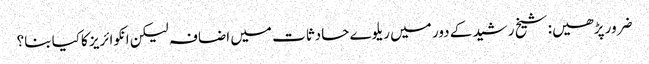
ضرور پڑھیں: شیخ رشید کے دور میں ریلوے حادثات میں اضافہ لیکن انکوائریز کاکیا بنا؟